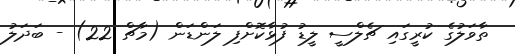
ތާވަލުގެ ކުރީގައި ޗެލްސީ ލީޑު ފުޅާކޮށްފި ލަންޑަން (މާޗް 22) - ބަދަލު